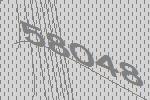
58048